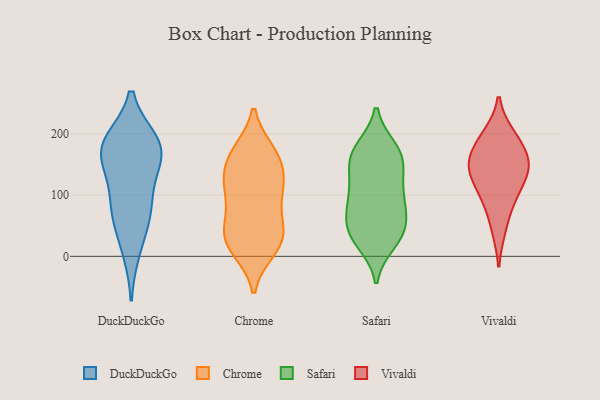
{"axis": {"x": "Energy Usage (MWh)", "y": "Value"}, "legend": ["Chrome", "DuckDuckGo", "Safari", "Vivaldi"], "data": [{"x": "", "y": 78, "type": "DuckDuckGo"}, {"x": "", "y": 186, "type": "DuckDuckGo"}, {"x": "", "y": 64, "type": "DuckDuckGo"}, {"x": "", "y": 175, "type": "DuckDuckGo"}, {"x": "", "y": 84, "type": "DuckDuckGo"}, {"x": "", "y": 178, "type": "DuckDuckGo"}, {"x": "", "y": 183, "type": "DuckDuckGo"}, {"x": "", "y": 11, "type": "DuckDuckGo"}, {"x": "", "y": 137, "type": "DuckDuckGo"}, {"x": "", "y": 164, "type": "DuckDuckGo"}, {"x": "", "y": 105, "type": "Chrome"}, {"x": "", "y": 58, "type": "Chrome"}, {"x": "", "y": 101, "type": "Chrome"}, {"x": "", "y": 107, "type": "Chrome"}, {"x": "", "y": 15, "type": "Chrome"}, {"x": "", "y": 142, "type": "Chrome"}, {"x": "", "y": 13, "type": "Chrome"}, {"x": "", "y": 51, "type": "Chrome"}, {"x": "", "y": 10, "type": "Chrome"}, {"x": "", "y": 29, "type": "Chrome"}, {"x": "", "y": 46, "type": "Chrome"}, {"x": "", "y": 171, "type": "Chrome"}, {"x": "", "y": 119, "type": "Chrome"}, {"x": "", "y": 38, "type": "Chrome"}, {"x": "", "y": 122, "type": "Chrome"}, {"x": "", "y": 171, "type": "Chrome"}, {"x": "", "y": 157, "type": "Chrome"}, {"x": "", "y": 169, "type": "Chrome"}, {"x": "", "y": 137, "type": "Safari"}, {"x": "", "y": 100, "type": "Safari"}, {"x": "", "y": 175, "type": "Safari"}, {"x": "", "y": 173, "type": "Safari"}, {"x": "", "y": 88, "type": "Safari"}, {"x": "", "y": 159, "type": "Safari"}, {"x": "", "y": 34, "type": "Safari"}, {"x": "", "y": 70, "type": "Safari"}, {"x": "", "y": 84, "type": "Safari"}, {"x": "", "y": 23, "type": "Safari"}, {"x": "", "y": 40, "type": "Safari"}, {"x": "", "y": 38, "type": "Safari"}, {"x": "", "y": 168, "type": "Safari"}, {"x": "", "y": 45, "type": "Safari"}, {"x": "", "y": 150, "type": "Safari"}, {"x": "", "y": 109, "type": "Safari"}, {"x": "", "y": 140, "type": "Vivaldi"}, {"x": "", "y": 44, "type": "Vivaldi"}, {"x": "", "y": 130, "type": "Vivaldi"}, {"x": "", "y": 195, "type": "Vivaldi"}, {"x": "", "y": 164, "type": "Vivaldi"}, {"x": "", "y": 134, "type": "Vivaldi"}, {"x": "", "y": 152, "type": "Vivaldi"}, {"x": "", "y": 168, "type": "Vivaldi"}, {"x": "", "y": 199, "type": "Vivaldi"}, {"x": "", "y": 96, "type": "Vivaldi"}, {"x": "", "y": 91, "type": "Vivaldi"}]}